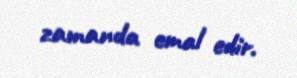
zamanda emal edir.